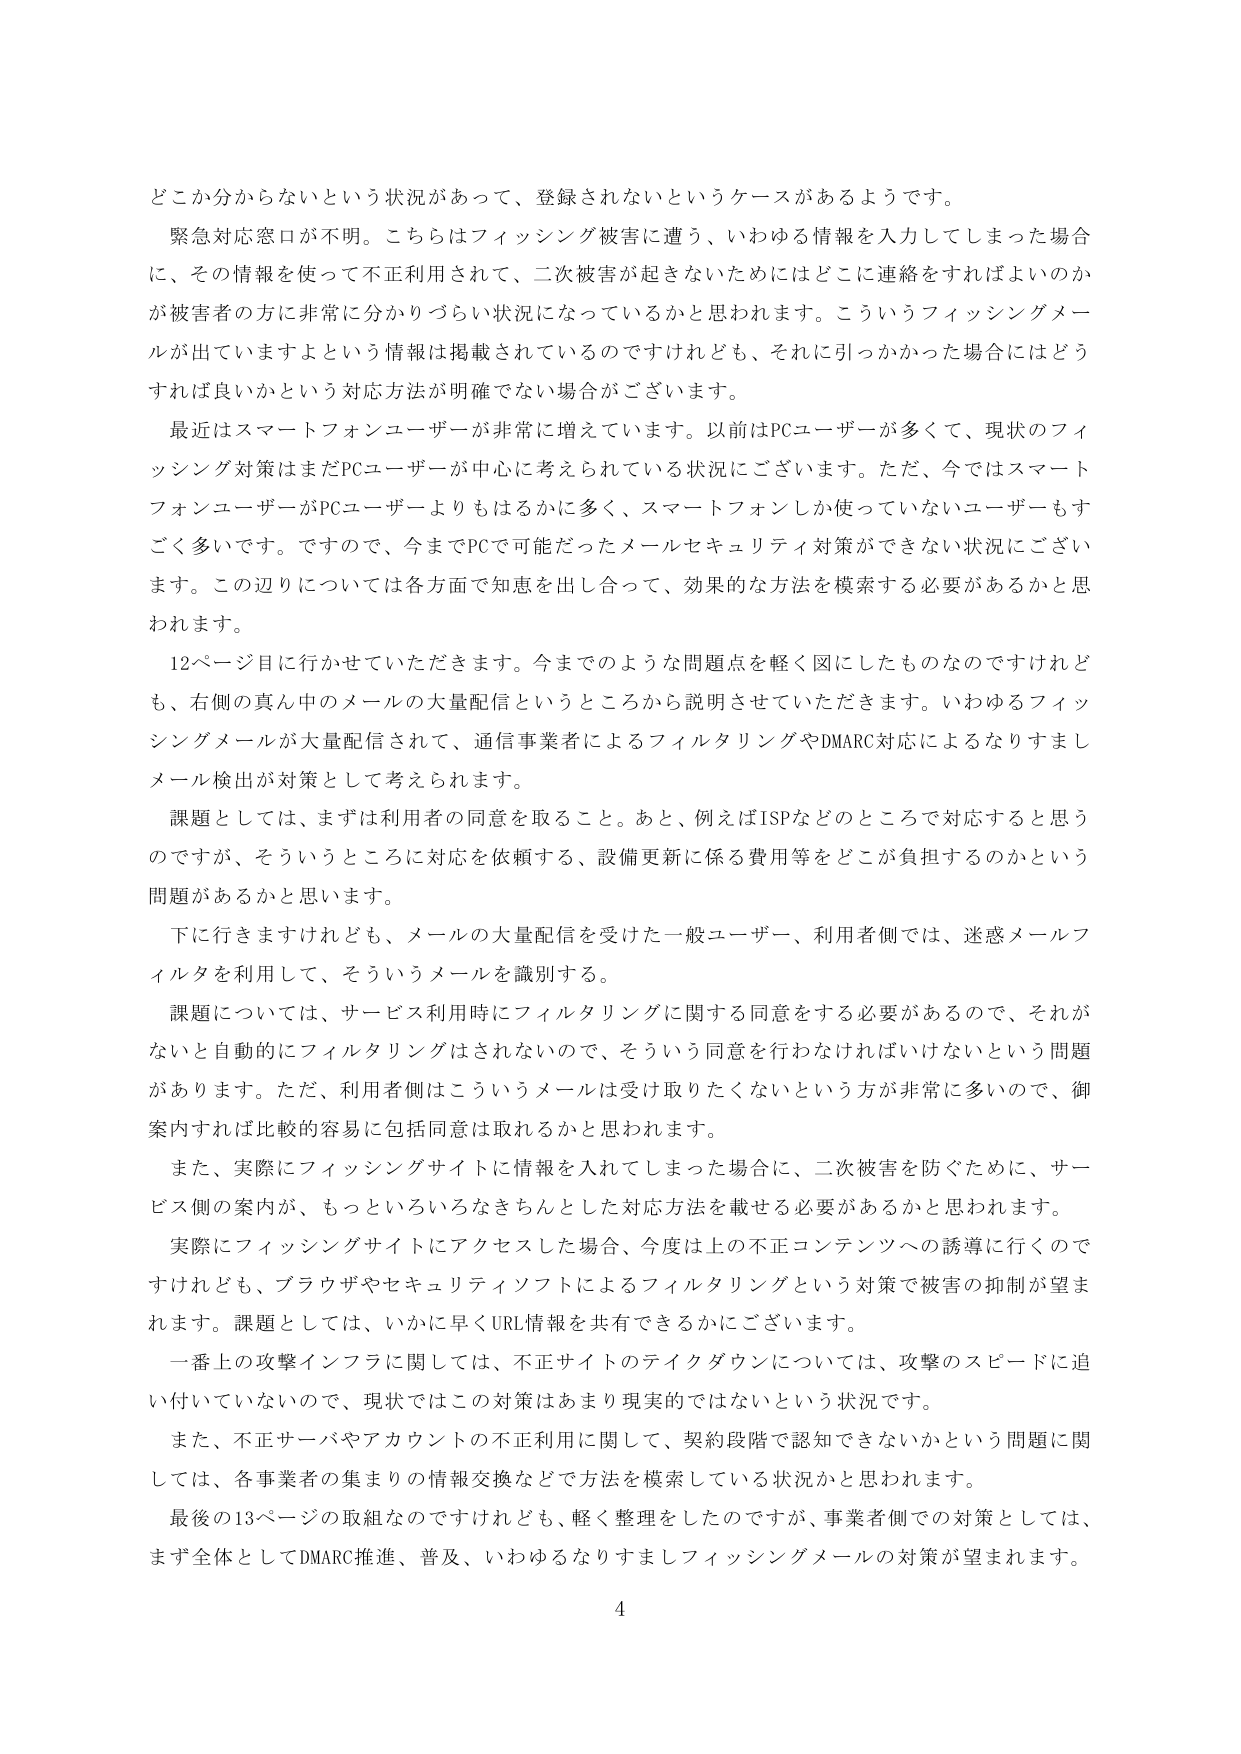
どこか分からないという状況があって、登録されないというケースがあるようです。
緊急対応窓口が不明。こちらはフィッシング被害に遭う、いわゆる情報を入力してしまった場合に、その情報を使って不正利用されて、二次被害が起きないためにはどこに連絡をすればよいのかが被害者の方に非常に分かりづらい状況になっているかと思われます。こういうフィッシングメールが出ていますよという情報は掲載されているのですけれども、それに引っかかった場合にはどうすれば良いかという対応方法が明確でない場合がございます。
最近はスマートフォンユーザーが非常に増えています。以前はPCユーザーが多くて、現状のフィッシング対策はまだPCユーザーが中心に考えられている状況にございます。ただ、今ではスマートフォンユーザーがPCユーザーよりもはるかに多く、スマートフォンしか使っていないユーザーもすごく多いです。ですので、今までPCで可能だったメールセキュリティ対策ができない状況にございます。この辺りについては各方面で知恵を出し合って、効果的な方法を模索する必要があるかと思われます。
12ページ目に行かせていただきます。今までのような問題点を軽く図にしたものなのですが、右側の真ん中のメールの大量配信というところから説明させていただきます。いわゆるフィッシングメールが大量配信されて、通信事業者によるフィルタリングやDMARC対応によるなりすましメール検出が対策として考えられます。
課題としては、まずは利用者の同意を取ること。あと、例えばISPなどのところで対応すると思うのですが、そういうところに対応を依頼する、設備更新に係る費用等をどこが負担するのかという問題があるかと思います。
下に行きますけれども、メールの大量配信を受けた一般ユーザー、利用者側では、迷惑メールフィルタを利用して、そういうメールを識別する。
課題については、サービス利用時にフィルタリングに関する同意をする必要があるので、それがないと自動的にフィルタリングはされないので、そういう同意を行わなければいけないという問題があります。ただ、利用者側はこういうメールは受け取りたくないという方が非常に多いので、御案内すれば比較的容易に包括同意は取れるかと思われます。
また、実際にフィッシングサイトに情報を入れてしまった場合に、二次被害を防ぐために、サービス側の案内が、もっといろいろなきちんとした対応方法を載せる必要があるかと思われます。
実際にフィッシングサイトにアクセスした場合、今度は上の不正コンテンツへの誘導に行くのですけれども、ブラウザやセキュリティソフトによるフィルタリングという対策で被害の抑制が望まれます。課題としては、いかに早くURL情報を共有できるかにございます。
一番上の攻撃インフラに関しては、不正サイトのテイクダウンについては、攻撃のスピードに追い付いていないので、現状ではこの対策はあまり現実的ではないという状況です。
また、不正サーバやアカウントの不正利用に関して、契約段階で認知できないかという問題に関しては、各事業者の集まりの情報交換などで方法を模索している状況かと思われます。
最後の13ページの取組なのですが、軽く整理をしたのですが、事業者側での対策としては、まず全体としてDMARC推進、普及、いわゆるなりすましフィッシングメールの対策が望まれます。
4